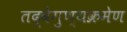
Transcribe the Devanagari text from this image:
तद्वेगुण्यक्रमेण